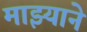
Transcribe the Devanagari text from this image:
माझ्याने